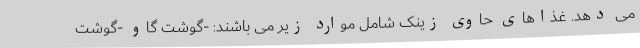
می دهد. غذاهای حاوی زینک شامل موارد زیر می باشند: -گوشت گاو -گوشت